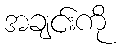
အချင်းကို